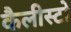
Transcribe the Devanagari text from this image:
कैलीस्टो